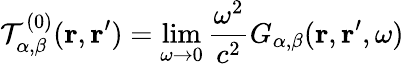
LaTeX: \mathcal{T}_{\alpha,\beta}^{(0)}(\mathbf{{r}},\mathbf{{r^{\prime}}})=\operatorname*{lim}_{\omega\to0}\frac{{\omega^{2}}}{{c^{2}}}G_{\alpha,\beta}(\mathbf{{r}},\mathbf{{r}}^{\prime},\omega)